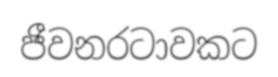
ජීවනරටාවකට